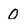
Character: O